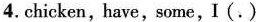
4. chicken,have, some,I(.)